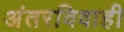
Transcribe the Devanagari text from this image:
अंतरविवाही